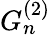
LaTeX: G_{n}^{(2)}